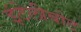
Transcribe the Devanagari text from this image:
इंटेलीबोट